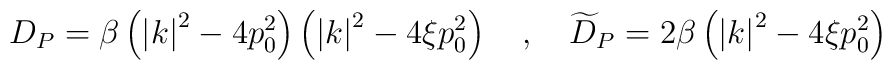
D_{P}=\beta \left( \left| k\right| ^{2}-4p_{0}^{2}\right) \left( \left|k\right| ^{2}-4\xi p_{0}^{2}\right) \quad ,\quad \widetilde{D}_{P}=2\beta\left( \left| k\right| ^{2}-4\xi p_{0}^{2}\right)